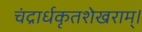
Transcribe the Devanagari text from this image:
चंद्रार्धकृतशेखराम्‌।